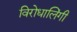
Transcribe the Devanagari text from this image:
विरोधालिंगी